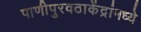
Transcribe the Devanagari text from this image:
पाणीपुरवठाकेंद्रांमध्ये